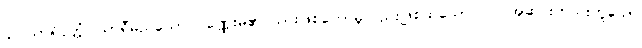
၄။ သာရိပုတ္တံ၊ သာရီမည်သော ပုဏ္ဏေးမ၏ သားဖြစ်တော်မူလည်းဖြစ်ထသော။ ဝါ၊ အဆင်းတည်းဟူသော